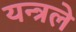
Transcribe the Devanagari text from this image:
यन्त्रले